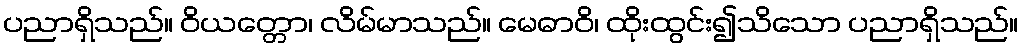
ပညာရှိသည်။ ဝိယတ္တော၊ လိမ်မာသည်။ မေဓာဝိ၊ ထိုးထွင်း၍သိသော ပညာရှိသည်။